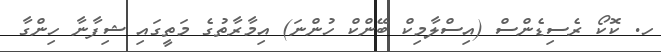
ހ. ކޮކޯ ރެސިޑެންސް (އިސްލާމިކް ބޭންކް ހުންނަ) އިމާރާތުގެ މަތީގައި ޝިފާނާ ހިންގާ